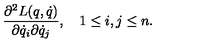
\frac { \partial ^ { 2 } L ( q , \dot { q } ) } { \partial \dot { q } _ { i } \partial \dot { q } _ { j } } , \quad 1 \leq i , j \leq n .